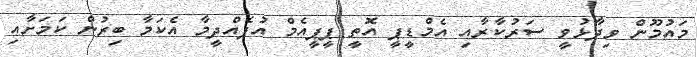
މައުމޫން ވިދާޅުވީ ސަރުކާރާއި އެމްޑީޕީ އޮތީ ޕީޕީއެމް އުފެއްދީމާ އެކަމާ ބިރުން ކަމަށާއި